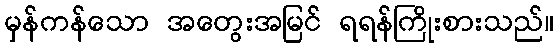
မှန်ကန်သော အတွေးအမြင် ရရန်ကြိုးစားသည်။